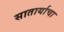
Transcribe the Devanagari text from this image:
सातार्याचा